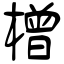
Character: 橧